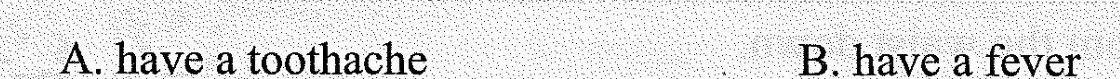
A haveatoothache